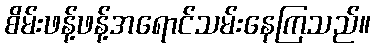
စိမ်းဖန့်ဖန့်အရောင်သမ်းနေကြသည်။